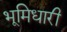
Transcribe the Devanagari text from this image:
भूमिधारी